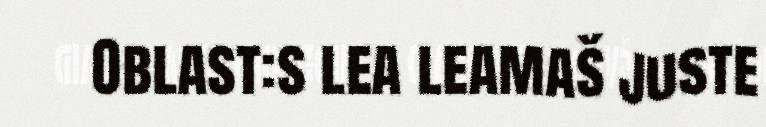
Oblast:s lea leamaš juste